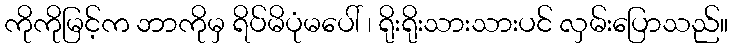
ကိုကိုမြင့်က ဘာကိုမှ ရိပ်မိပုံမပေါ် ၊ ရိုးရိုးသားသားပင် လှမ်းပြောသည်။